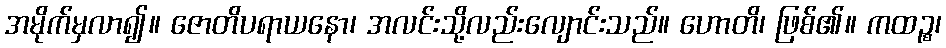
အမိုက်မှလာ၍။ ဇောတိပရာယနော၊ အလင်းသို့လည်းလျောင်းသည်။ ဟောတိ၊ ဖြစ်၏။ ကထဉ္စ၊